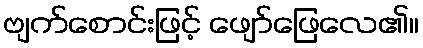
ဗျက်စောင်းဖြင့် ဖျော်ဖြေလေ၏။